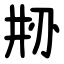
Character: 刱